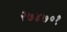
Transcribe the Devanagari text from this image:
२७४७०१